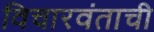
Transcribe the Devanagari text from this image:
विचारवंताची